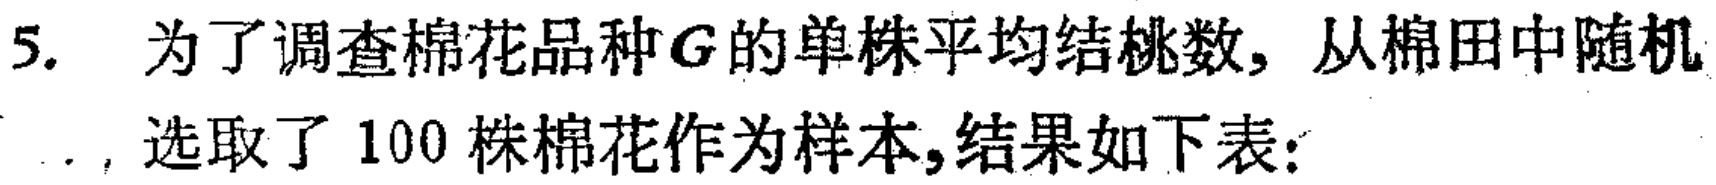
5. 为了调查棉花品种\(G\)的单株平均结桃数, 从棉田中随机

., 选取了 \(100\) 株棉花作为样本,结果如下表: